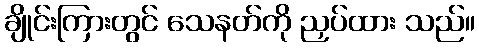
ချိုင်းကြားတွင် သေနတ်ကို ညှပ်ထား သည်။